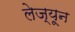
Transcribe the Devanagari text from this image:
लेज्यून